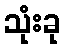
သုံးခု